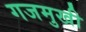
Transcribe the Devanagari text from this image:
गजमुखी